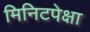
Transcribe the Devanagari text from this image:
मिनिटपेक्षा